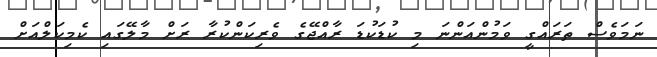
ނަމަވެސް ތަރައްގީ ވަމުންއަންނަ މި ކުޑަކުޑަ ރާއްޖޭގެ ވެރިކަންކުރާ ރަށް މާލޭގައި ކެމިކަލްއަށް